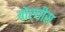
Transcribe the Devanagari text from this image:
बोर्घीस